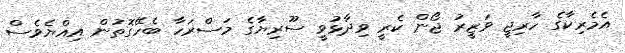
އެމެރިކާގެ ހާރިޖީ ވަޒީރު ޖޯން ކެރީ ވިދާޅުވީ ސޫރިޔާގެ މަސްރަހާ ބެހޭގޮތުން އިއްޔެވެސް